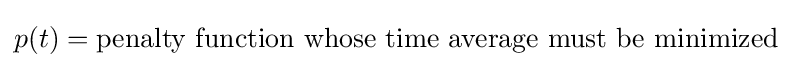
p(t)={\text{penalty function whose time average must be minimized}}